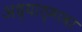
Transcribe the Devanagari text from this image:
अध्यात्मावर